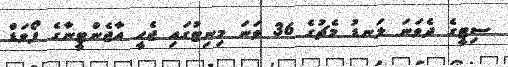
ސިޓީގެ ދެވަނަ ލަނޑު މެޗުގެ 36 ވަނަ މިނިޓުގައި ޖެހީ އާޖެންޓީނާގެ ފޯވަޑް